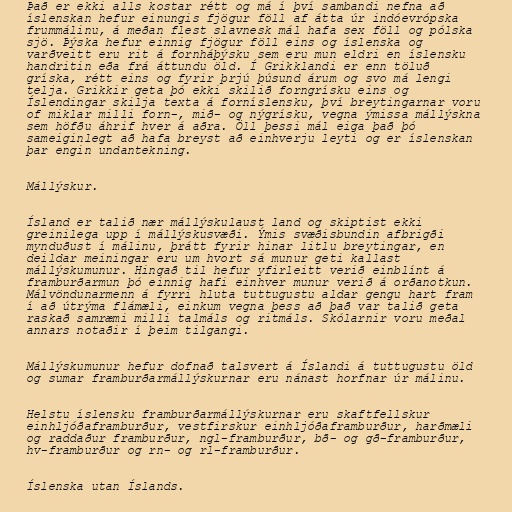
Það er ekki alls kostar rétt og má í því sambandi nefna að
íslenskan hefur einungis fjögur föll af átta úr indóevrópska
frummálinu, á meðan flest slavnesk mál hafa sex föll og pólska
sjö. Þýska hefur einnig fjögur föll eins og íslenska og
varðveitt eru rit á fornháþýsku sem eru mun eldri en íslensku
handritin eða frá áttundu öld. Í Grikklandi er enn töluð
gríska, rétt eins og fyrir þrjú þúsund árum og svo má lengi
telja. Grikkir geta þó ekki skilið forngrísku eins og
Íslendingar skilja texta á forníslensku, því breytingarnar voru
of miklar milli forn-, mið- og nýgrísku, vegna ýmissa mállýskna
sem höfðu áhrif hver á aðra. Öll þessi mál eiga það þó
sameiginlegt að hafa breyst að einhverju leyti og er íslenskan
þar engin undantekning.

Mállýskur.

Ísland er talið nær mállýskulaust land og skiptist ekki
greinilega upp í mállýskusvæði. Ýmis svæðisbundin afbrigði
mynduðust í málinu, þrátt fyrir hinar litlu breytingar, en
deildar meiningar eru um hvort sá munur geti kallast
mállýskumunur. Hingað til hefur yfirleitt verið einblínt á
framburðarmun þó einnig hafi einhver munur verið á orðanotkun.
Málvöndunarmenn á fyrri hluta tuttugustu aldar gengu hart fram
í að útrýma flámæli, einkum vegna þess að það var talið geta
raskað samræmi milli talmáls og ritmáls. Skólarnir voru meðal
annars notaðir í þeim tilgangi.

Mállýskumunur hefur dofnað talsvert á Íslandi á tuttugustu öld
og sumar framburðarmállýskurnar eru nánast horfnar úr málinu.

Helstu íslensku framburðarmállýskurnar eru skaftfellskur
einhljóðaframburður, vestfirskur einhljóðaframburður, harðmæli
og raddaður framburður, ngl-framburður, bð- og gð-framburður,
hv-framburður og rn- og rl-framburður.

Íslenska utan Íslands.